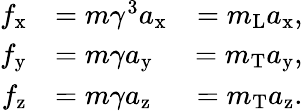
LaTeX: {\begin{array}{rlr}{f_{\mathrm{x}}}&{=m\gamma^{3}a_{\mathrm{x}}}&{=m_{\mathrm{L}}a_{\mathrm{x}},}\\ {f_{\mathrm{y}}}&{=m\gamma a_{\mathrm{y}}}&{=m_{\mathrm{T}}a_{\mathrm{y}},}\\ {f_{\mathrm{z}}}&{=m\gamma a_{\mathrm{z}}}&{=m_{\mathrm{T}}a_{\mathrm{z}}.}\end{array}}